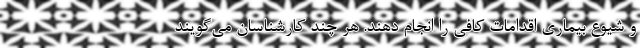
و شیوع بیماری اقدامات کافی را انجام دهند. هر چند کارشناسان می‌گویند